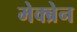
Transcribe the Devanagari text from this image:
मेक्ब्रेन